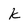
Character: k